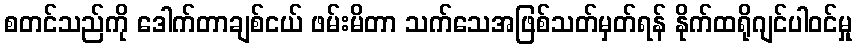
စတင်သည်ကို ဒေါက်တာချစ်ငယ် ဖမ်းမိတာ သက်သေအဖြစ်သတ်မှတ်ရန် နိုက်ထရိုဂျင်ပါဝင်မှု